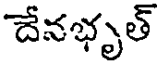
దేనభృత్